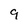
Character: 9